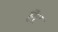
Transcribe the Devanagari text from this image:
ऎट